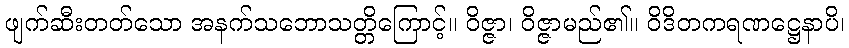
ဖျက်ဆီးတတ်သော အနက်သဘောသတ္တိကြောင့်။ ဝိဇ္ဇာ၊ ဝိဇ္ဇာမည်၏။ ဝိဒိတကရဏဋ္ဌေနာပိ၊